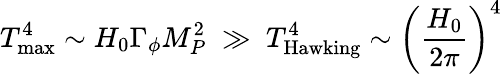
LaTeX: T_{\mathrm{max}}^{4}\sim H_{0}\Gamma_{\phi}M_{P}^{2}\; \gg\; T_{\mathrm{Hawking}}^{4}\sim\left(\frac{H_{0}}{2\pi}\right)^{4}